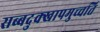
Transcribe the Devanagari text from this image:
सब्बदुक्खापमुच्चति